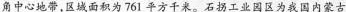
角中心地带，区域面积为 761 平方千米。石拐工业园区为我国内蒙古